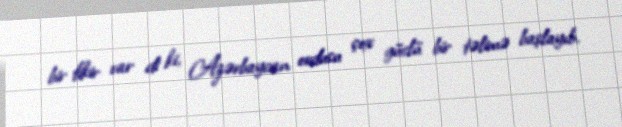
bir fikir var di ki, Azərbaycan ordusu çox güclü bir təlimə başlayıb.